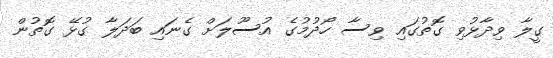
ގީލާ ވިދާޅުވި ގޮތުގައި ވިސާ ހޯދުމުގެ އުސޫލަށް ގެނައި ބަދަލާ ގުޅޭ ގޮތުން